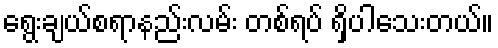
ရွေးချယ်စရာနည်းလမ်း တစ်ရပ် ရှိပါသေးတယ်။